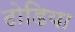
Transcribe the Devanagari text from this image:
टोडिया